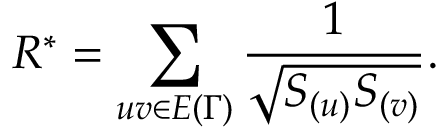
R ^ { * } = \sum _ { u v \in E { ( \Gamma ) } } \frac { 1 } { \sqrt { S _ { ( u ) } S _ { ( v ) } } } .